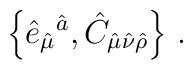
\left\{\hat{e}_{\hat{\mu}}{}^{\hat{a}},\hat{C}_{\hat{\mu}\hat{\nu}\hat{\rho}}\right\}\, .